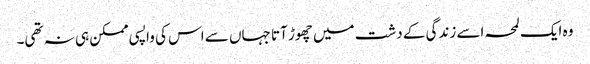
وہ ایک لمحہ اسے زندگی کے دشت میں چھوڑ آتا جہاں سے اس کی واپسی ممکن ہی نہ تھی۔